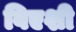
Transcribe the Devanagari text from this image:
विएशी